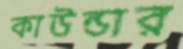
কাউন্ডার